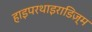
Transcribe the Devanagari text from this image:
हाइपरथाइराडिज़्म